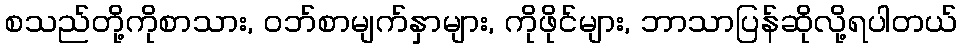
စသည်တို့ကိုစာသား, ဝဘ်စာမျက်နှာများ, ကိုဖိုင်များ, ဘာသာပြန်ဆိုလို့ရပါတယ်